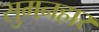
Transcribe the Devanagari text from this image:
सुमनहार